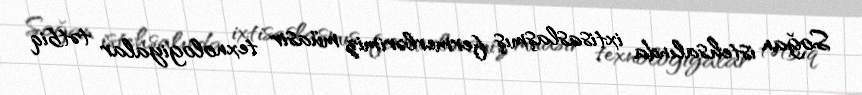
Soğan istehsalında ixtisaslaşmış fermerlərimiz müasir texnologiyalar tətbiq